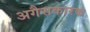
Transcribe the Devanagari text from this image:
अगैसकारक